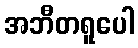
အဘီတရူပေါ